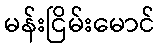
မန်းငြိမ်းမောင်